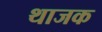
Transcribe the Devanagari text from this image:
थाजक